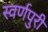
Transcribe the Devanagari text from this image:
स्वर्णपुरी